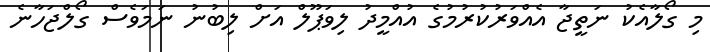
މި ގޯލާއެކު ނަތީޖާ އެއްވަރުކުރުމުގެ އުއްމީދު ލިވަޕޫލް އަށް ލިބުނު ނަމަވެސް ގޯލްޖަހާނެ